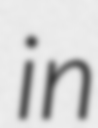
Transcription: in